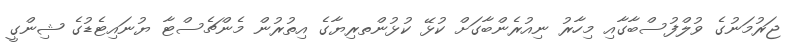
ޖަރުމަނުގެ ވުލްފުސްބާގާއި މިހާރު ނިއުރެންބާގަށް ކުޅޭ ކުޅުންތރިޔާގެ އިތުރުން މެންޗެސްޓާ ޔުނައިޓެޑުގެ ޝިންގީ